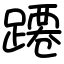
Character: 蹮